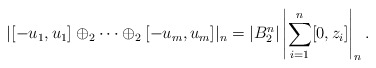
\begin{align*}|[-u_1,u_1]\oplus_2\cdots\oplus_2[-u_m,u_m]|_n=|B_2^n|\left|\sum_{i=1}^n[0,z_i]\right|_n.\end{align*}